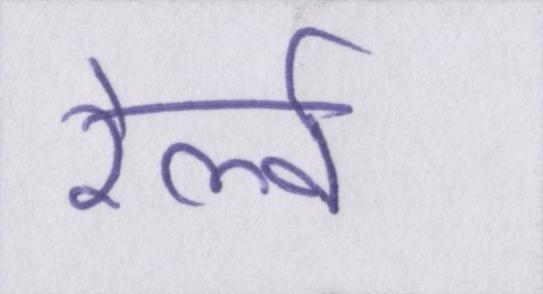
रेल्वे